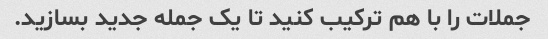
جملات را با هم ترکیب کنید تا یک جمله جدید بسازید.